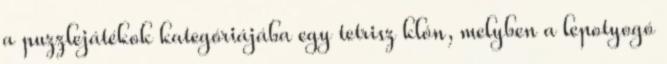
a puzzlejátékok kategóriájába egy tetrisz klón, melyben a lepotyogó